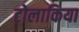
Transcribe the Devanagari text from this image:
टोलाकिया